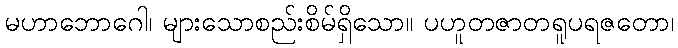
မဟာဘောဂေါ၊ များသောစည်းစိမ်ရှိသော။ ပဟူတဇာတရူပရဇတော၊